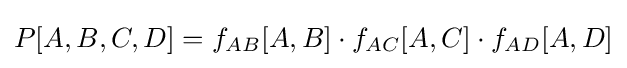
P[A,B,C,D]=f_{AB}[A,B]\cdot f_{AC}[A,C]\cdot f_{AD}[A,D]